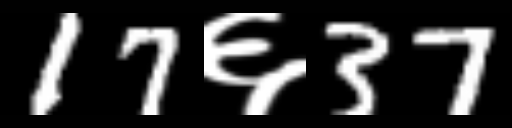
Text: 17६37